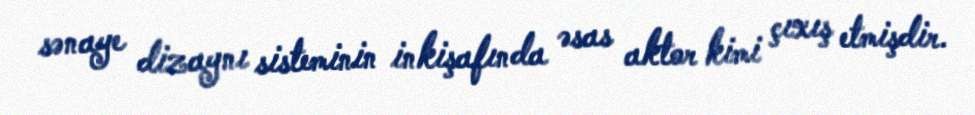
sənaye dizaynı sisteminin inkişafında əsas aktor kimi çıxış etmişdir.